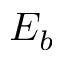
E _ { b }